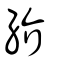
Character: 紒